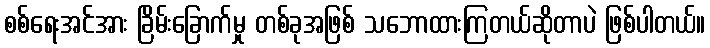
စစ်ရေးအင်အား ခြိမ်းခြောက်မှု တစ်ခုအဖြစ် သဘောထားကြတယ်ဆိုတာပဲ ဖြစ်ပါတယ်။